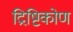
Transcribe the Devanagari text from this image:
द्रिष्टिकोण